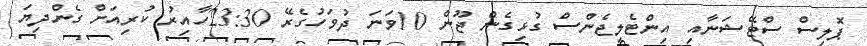
ޕޮލިސް ސްޓޭޝަނާއި އިންޓެލިޖެންސް ގުޅިގެން ޖޫން 10ވަނަ ދުވަހުގެރޭ 23:30ހާއިރު ކުރިއަށް ގެންދިޔަ